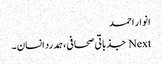
انوار احمد
Next جذباتی صحافی،ہمدرد انسان ۔